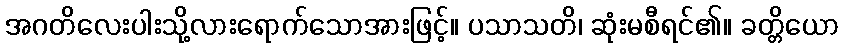
အဂတိလေးပါးသို့လားရောက်သောအားဖြင့်။ ပသာသတိ၊ ဆုံးမစီရင်၏။ ခတ္တိယော